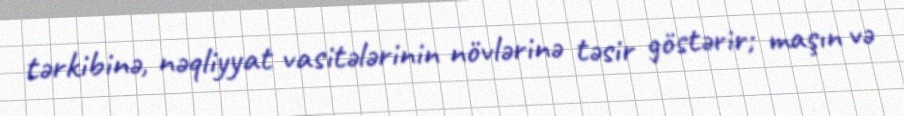
tərkibinə, nəqliyyat vasitələrinin növlərinə təsir göstərir; maşın və